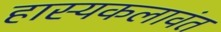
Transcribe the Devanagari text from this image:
हास्यकलावंत